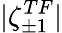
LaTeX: |\zeta_{\pm 1}^{TF}|